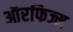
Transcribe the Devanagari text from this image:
ऑरफिज्म